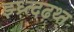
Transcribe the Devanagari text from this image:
झ्ध्र्त्दढ़थ्त्